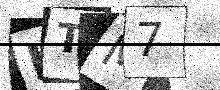
Text: KTM7